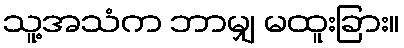
သူ့အသံက ဘာမျှ မထူးခြား။